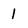
Character: 1